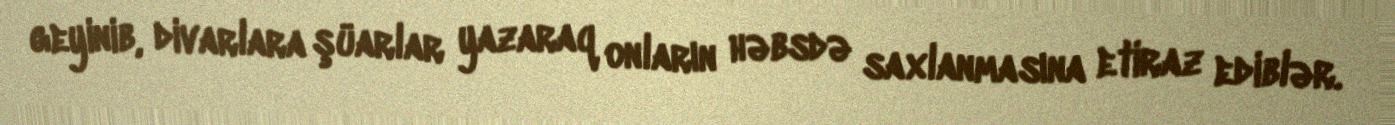
geyinib, divarlara şüarlar yazaraq onların həbsdə saxlanmasına etiraz ediblər.